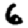
Digit: 6